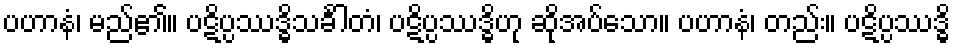
ပဟာနံ၊ မည်၏။ ပဋိပ္ပဿဒ္ဓိသင်္ခါတံ၊ ပဋိပ္ပဿဒ္ဓိဟု ဆိုအပ်သော။ ပဟာနံ၊ တည်း။ ပဋိပ္ပဿဒ္ဓိ